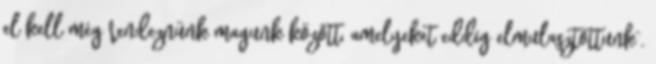
el kell még rendeznünk magunk között, amelyeket eddig elmulasztottunk”.